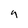
Character: 4